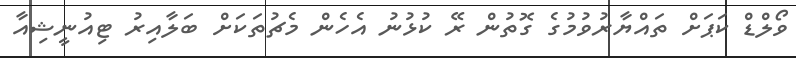
ވޯލްޑް ކަޕަށް ތައްޔާރުވުމުގެ ގޮތުން ރޭ ކުޅުނު އެހެން މެޗުތަކަށް ބަލާއިރު ޓިއުނީޝިއާ